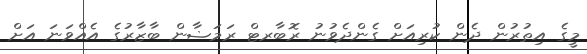
މީގެ އިތުރުން ދެން ކުރިއަށް ގެންދެވުނު ރޮބާރޓް ރަމަޟާން ބާޒާރުގެ އެއްވަނަ އަށް